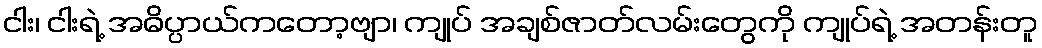
ငါး၊ ငါးရဲ့ အဓိပ္ပာယ်ကတော့ဗျာ၊ ကျုပ် အချစ်ဇာတ်လမ်းတွေကို ကျုပ်ရဲ့ အတန်းတူ